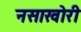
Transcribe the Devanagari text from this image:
नसाखोरी